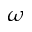
\omega